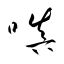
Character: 嗔